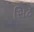
સિટ